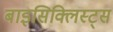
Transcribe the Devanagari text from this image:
बाइसिक्लिस्ट्स